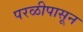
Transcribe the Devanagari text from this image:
परळीपासून